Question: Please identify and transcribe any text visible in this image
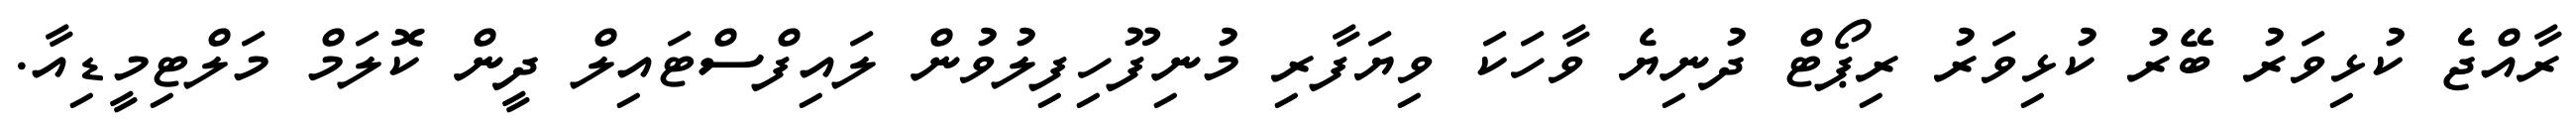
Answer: ރާއްޖެ ކުޅިވަރު ބޭރު ކުޅިވަރު ރިޕޯޓް ދުނިޔެ ވާހަކަ ވިޔަފާރި މުނިފޫހިފިލުވުން ލައިފްސްޓައިލް ދީން ކޮލަމް މަލްޓިމީޑިއާ.